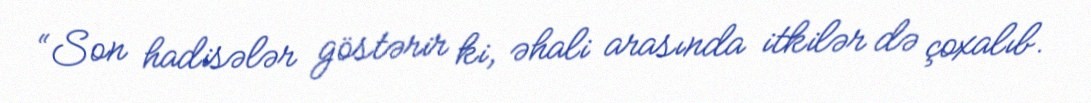
“Son hadisələr göstərir ki, əhali arasında itkilər də çoxalıb.